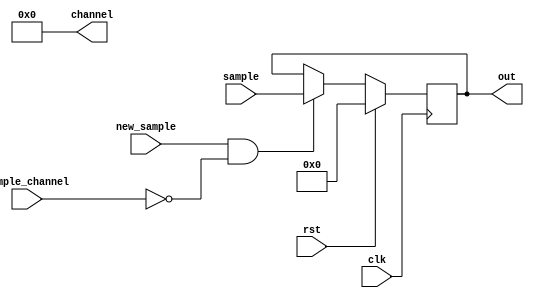
module analog_input(
    input clk,
    input rst,
    output [3:0] channel,
    input new_sample,
    input [9:0] sample,
    input [3:0] sample_channel,
    output [9:0] out
);
 
assign channel = 4'd0; // only read A0
 
reg [9:0] sample_d, sample_q;

assign out = sample_q;
 

 
//assign out = {8{pwm}}; // duplicate the PWM signal to each LED
 
always @(*) begin
    sample_d = sample_q;
 
    if (new_sample && sample_channel == 4'd0) // valid sample
        sample_d = sample;
end
 
always @(posedge clk) begin
    if (rst) begin
        sample_q <= 10'd0;
    end else begin
        sample_q <= sample_d;
    end
end
 
endmodule